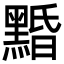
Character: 𪑕